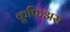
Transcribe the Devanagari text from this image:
कूफिअस